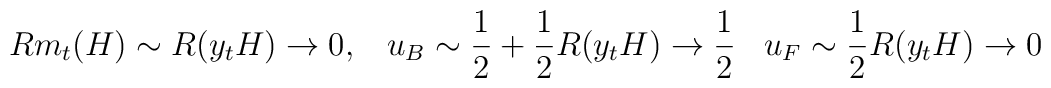
R m_{t}(H) \sim R(y_{t} H) \rightarrow 0, \; \; \; u_{B} \sim \frac{1}{2} +  \frac{1}{2} R(y_{t} H) \rightarrow \frac{1}{2} \; \; \; u_{F} \sim  \frac{1}{2} R(y_{t} H) \rightarrow 0